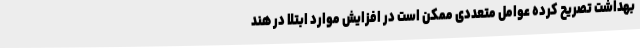
بهداشت تصریح کرده عوامل متعددی ممکن است در افزایش موارد ابتلا در هند